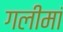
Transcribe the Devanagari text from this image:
गलीमां